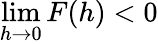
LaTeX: \operatorname*{lim}_{h\rightarrow 0}F(h)<0